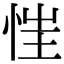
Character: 𢚇